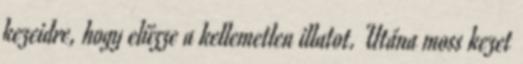
kezeidre, hogy elűzze a kellemetlen illatot. Utána moss kezet